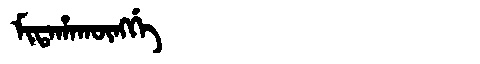
Manchu: ᠮᡳᡨᠠᡥᠠᡴᡡᠩᡤᡝ
Romanization: MITAHAKŪNGGE